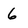
Character: 6